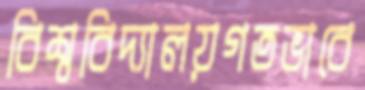
বিশ্ববিদ্যালয়গতভাবে